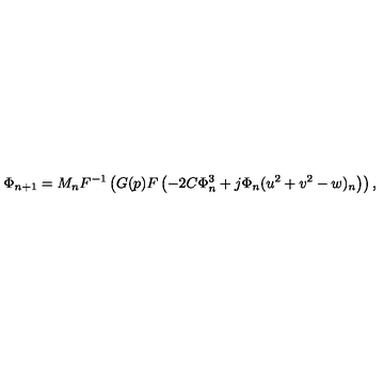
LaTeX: \Phi _ { n + 1 } = M _ { n } F ^ { - 1 } \left( G ( p ) F \left( - 2 C \Phi _ { n } ^ { 3 } + j \Phi _ { n } ( u ^ { 2 } + v ^ { 2 } - w ) _ { n } \right) \right) ,